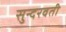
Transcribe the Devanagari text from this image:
सुन्दरवती